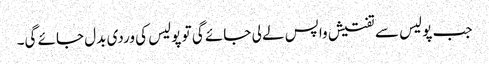
جب پولیس سے تفتیش واپس لے لی جائے گی تو پولیس کی وردی بدل جائے گی۔